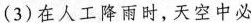
（3）在人工降雨时，天空中必须有雨云，雨云是水蒸气与水滴的